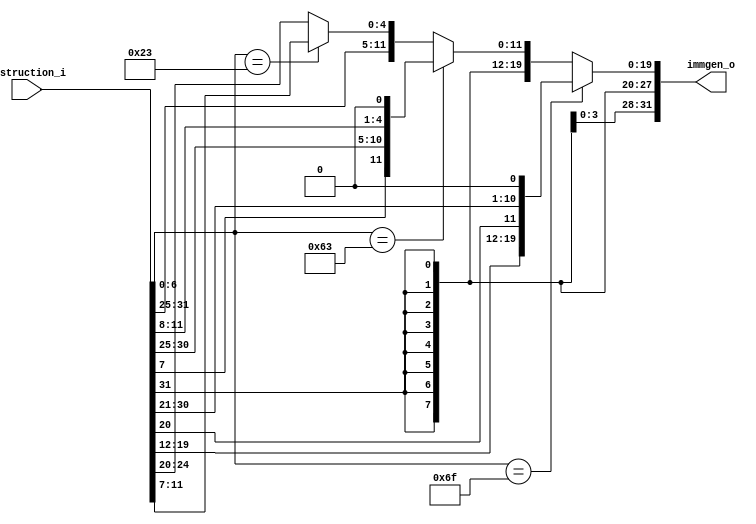
/*
Module: immgen
Author: Chia-Jen Nieh
Description:
    Reading opcode from instruction and determine imm.
*/
module immgen (
    instruction_i,
    immgen_o
);
    //ISA to be handled
    //ADD:  0000000      rs2 rs1 000 rd          0110011
    //LW:   IMM[11:0]        rs1 010 rd          0000011
    //SW:   IMM[11:5]    rs2 rs1 010 IMM[4:0]    0100011
    //JALR: IMM[11:0]        rs1 000 rd          1100111 //Byte address

    //SUB:  0100000      rs2 rs1 000 rd          0110011
    //BEQ:  IMM[12,10:5] rs2 rs1 000 IMM[4:1,11] 1100011 //Halfword address //Partially handled by ALU

    //AND:  0000000      rs2 rs1 111 rd          0110011

    //OR:   0000000      rs2 rs1 110 rd          0110011

    //SLT:  0000000      rs2 rs1 010 rd          0110011
    
    //JAL:  IMM[20,10:1,11,19:12]    rd          1101111 //Halfword address //Not handled by ALU
    input      [31:0] instruction_i;
    output reg [31:0] immgen_o;

    always @(*) begin
        if (instruction_i[6:0] == 7'b1101111) begin
            immgen_o = {{12{instruction_i[31]}}, instruction_i[19:12], instruction_i[20], instruction_i[30:21], 1'b0};
        end
        else begin
            if (instruction_i[6:0] == 7'b1100011) begin
                immgen_o = {{20{instruction_i[31]}}, instruction_i[7], instruction_i[30:25], instruction_i[11:8], 1'b0};
            end
            else begin
               if (instruction_i[6:0] == 7'b0100011) begin
                    immgen_o = {{21{instruction_i[31]}}, instruction_i[30:25], instruction_i[11:7]};
                end
                else begin
                    immgen_o = {{21{instruction_i[31]}}, instruction_i[30:20]};
                end
            end
        end
    end
endmodule